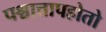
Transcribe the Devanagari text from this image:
पश्चात्तापहोतो